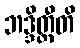
ဘဒ္ဒိတ္ထီတိ